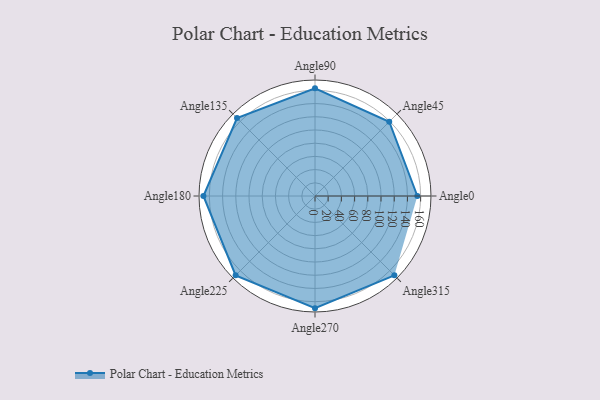
{"axis": {"x": "Angle", "y": "Radius"}, "legend": [""], "data": [{"x": "Angle0", "y": 155.0, "type": ""}, {"x": "Angle45", "y": 159.0, "type": ""}, {"x": "Angle90", "y": 163.0, "type": ""}, {"x": "Angle135", "y": 167.0, "type": ""}, {"x": "Angle180", "y": 169.0, "type": ""}, {"x": "Angle225", "y": 170, "type": ""}, {"x": "Angle270", "y": 170, "type": ""}, {"x": "Angle315", "y": 170, "type": ""}]}